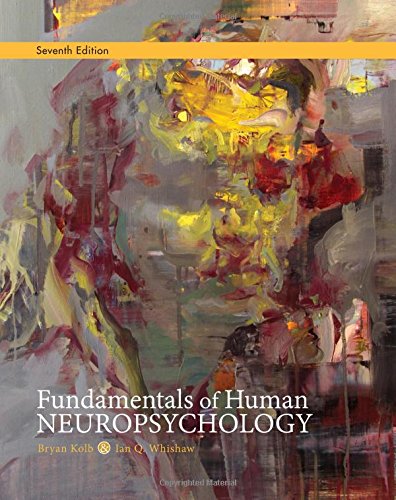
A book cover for Fundamentals of Human Neuropsychology; Bryan Kolb; Medical Books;